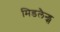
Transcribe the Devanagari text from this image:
मिडलैन्ड्स